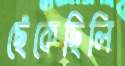
ছেঁকেছিলি